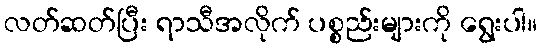
လတ်ဆတ်ပြီး ရာသီအလိုက် ပစ္စည်းများကို ရွေးပါ။